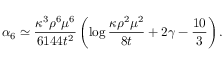
\alpha _ { 6 } \simeq \frac { \kappa ^ { 3 } \rho ^ { 6 } \mu ^ { 6 } } { 6 1 4 4 t ^ { 2 } } \left( \log \frac { \kappa \rho ^ { 2 } \mu ^ { 2 } } { 8 t } + 2 \gamma - \frac { 1 0 } { 3 } \right) .